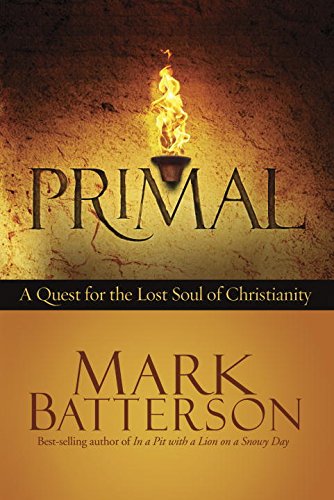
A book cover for Primal: A Quest for the Lost Soul of Christianity; Mark Batterson; Christian Books & Bibles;